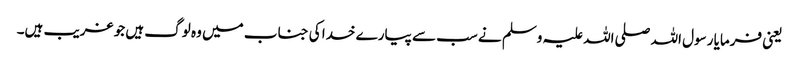
یعنی فرمایا رسول اللہ صلی اللہ علیہ وسلم نے سب سے پیارے خدا کی جناب میں وہ لوگ ہیں جو غریب ہیں۔